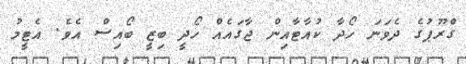
ގްރޫޕުގެ ދެވަނަ ހޯދާ ކުއާޓާއިން ޖާގައެއް ހޯދީ ބިޒީ ބޯއިސް އެވެ. އެޓީމު